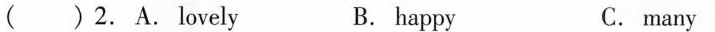
( )2.A.lovely B. happy C. many